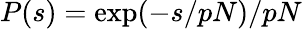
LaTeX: P(s)=\exp(-s/pN)/pN